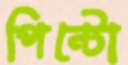
পিন্টো